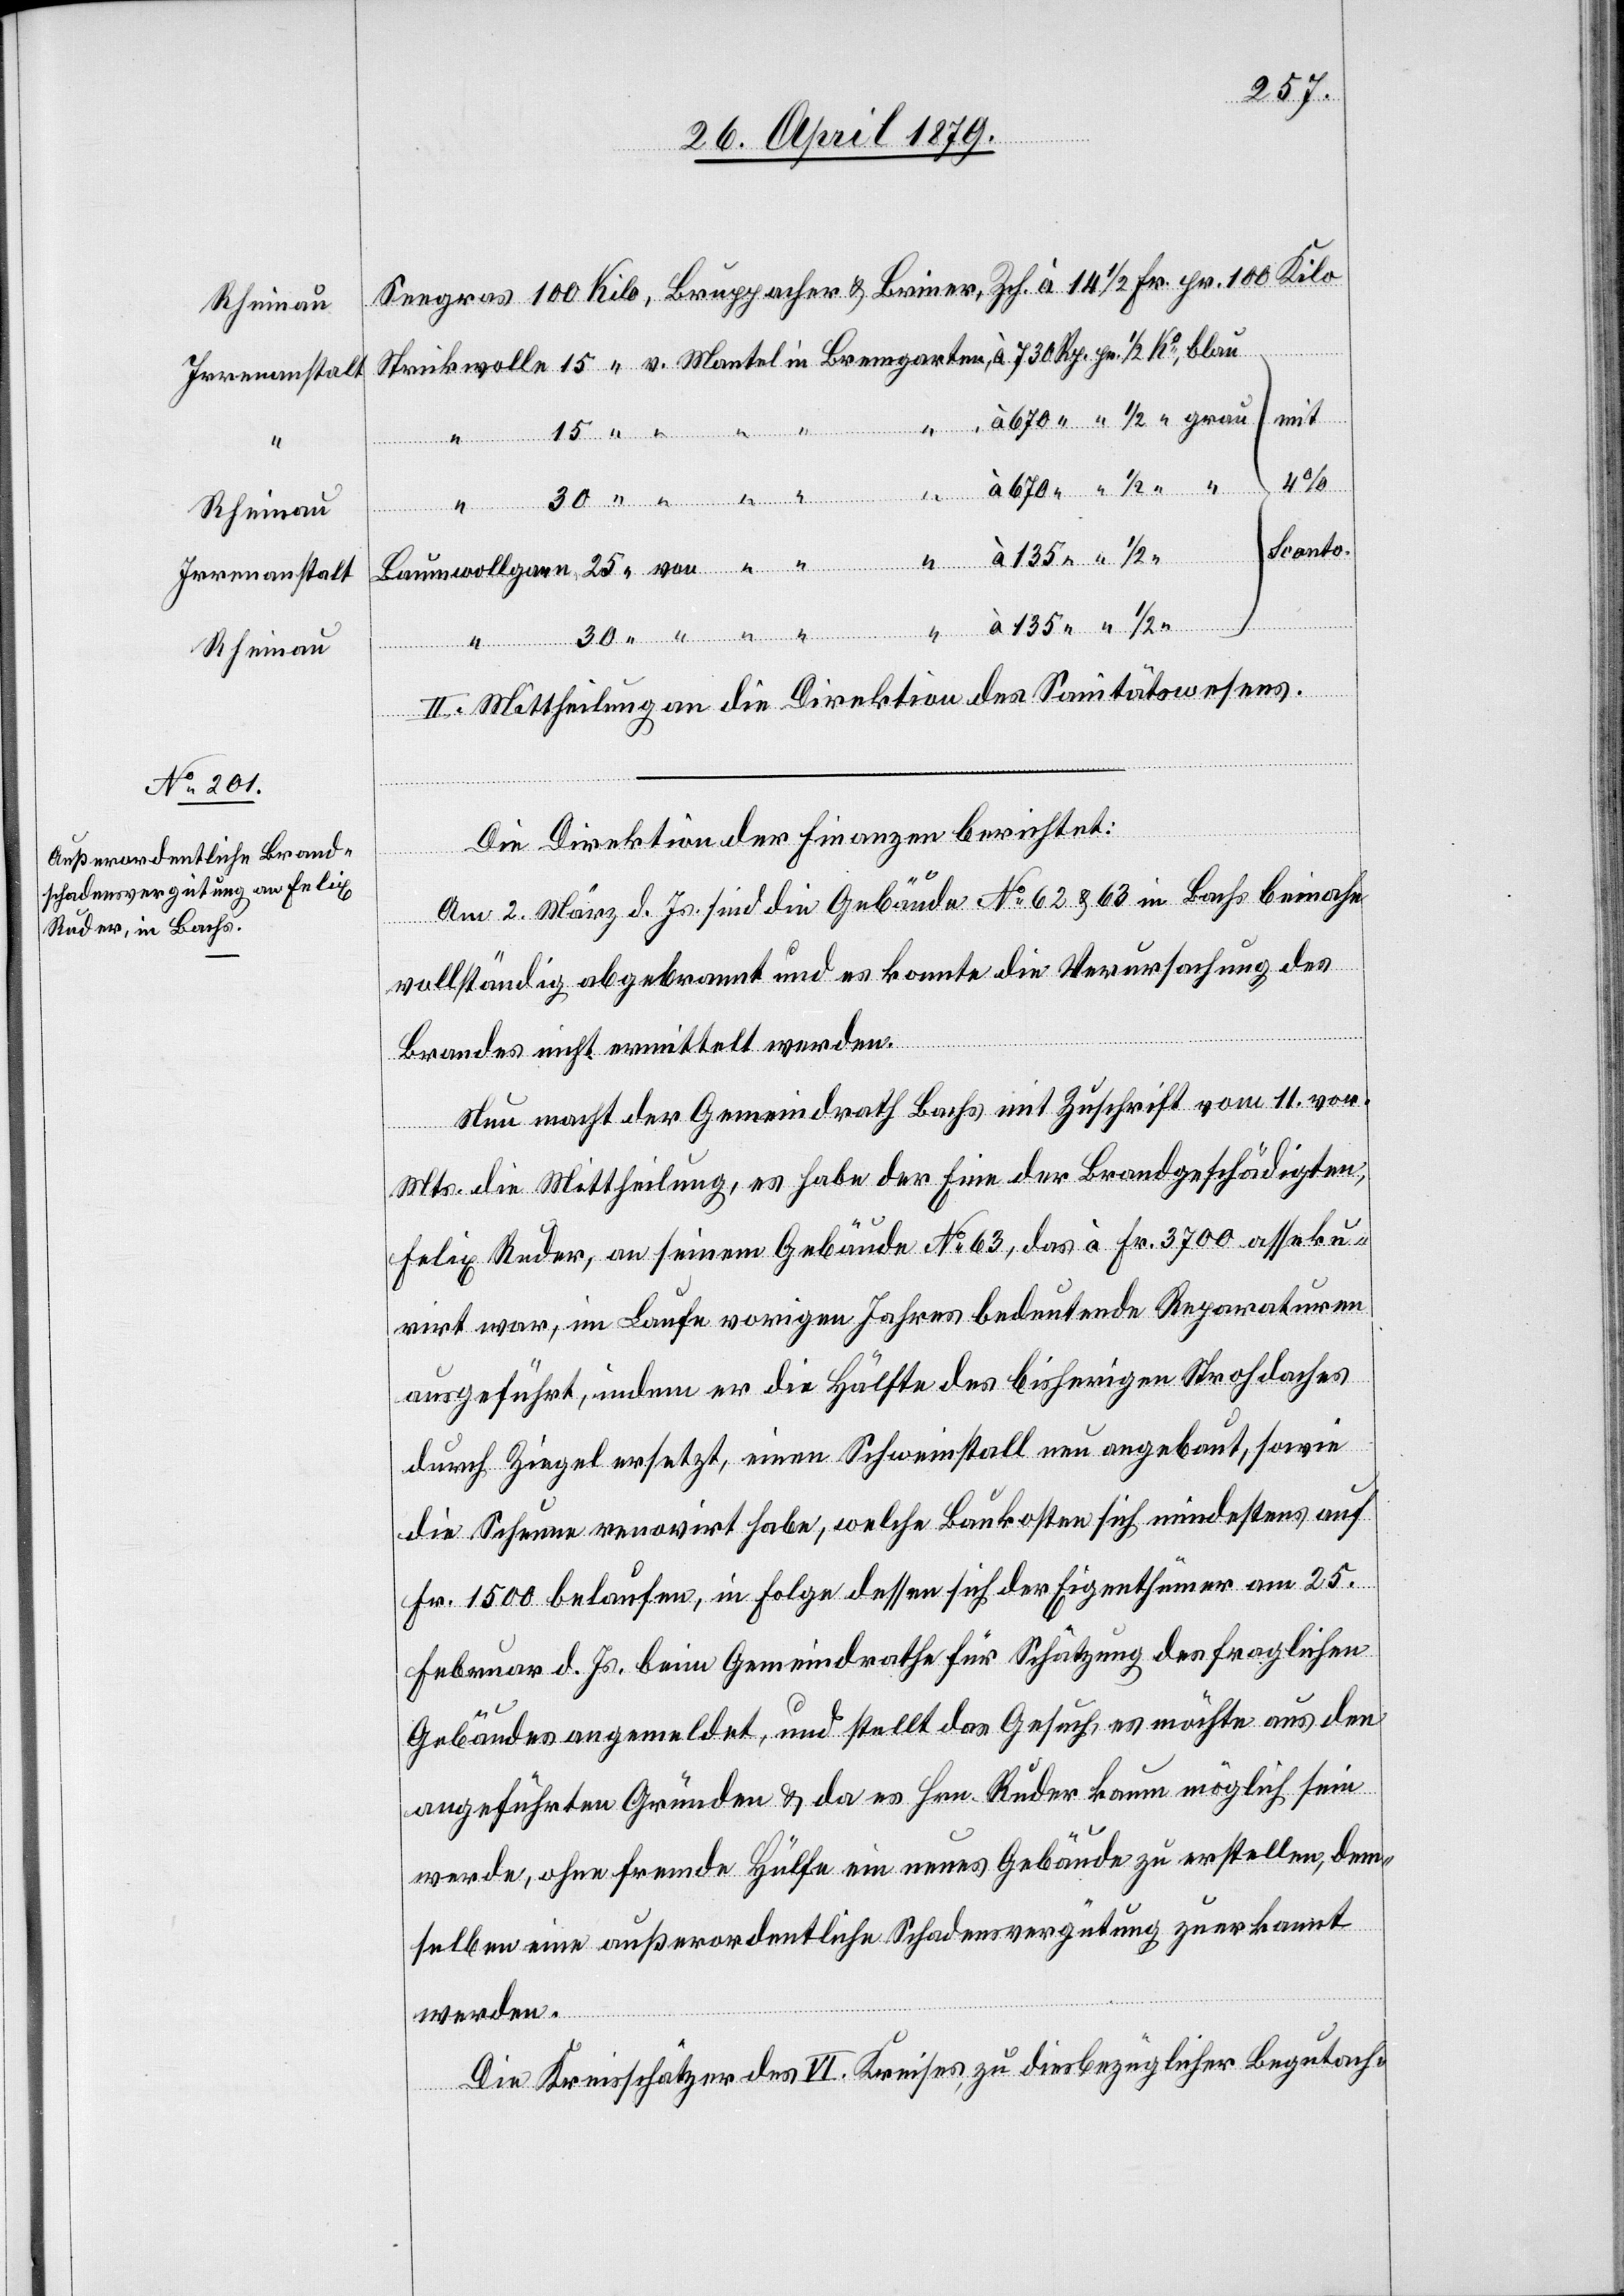
Rheinau
Irrenanstalt

Seegras 100 Kilo, Bruppacher & Briner, Zch. à 14 1/2 Fr. pr. 100 Kilo
Strickwolle 15 “ v. Mantel in Bremgarten, à 730 Rp. pr. 1/2 Ko, blau
mit
à 670 “ “ 1/2 “ grau
135
Sconto.
Baumwollgarn 25 “ von “ “ “ à 135 “ “
“
II. Mittheilung an die Direktion des Sanitätswesens.
Die Direktion der Finanzen berichtet:
Am 2. März d. Js. sind die Gebäude No 62 & 63 in Bachs beinahe
vollständig abgebrannt und es konnte die Verursachung des
Brandes nicht ermittelt werden.
Nun macht der Gemeindrath Bachs mit Zuschrift vom 11. vor.
Mts. die Mittheilung, es habe der Eine der Brandgeschädigten,
Felix Ruder, an seinem Gebäude No 63, das à Fr. 3700 asseku¬
rirt war, im Laufe vorigen Jahres bedeutende Reparaturen
ausgeführt, indem er die Hälfte des bisherigen Strohdaches
durch Ziegel ersetzt, einen Schweinstall neu angebaut, sowie
die Scheune renovirt habe, welche Baukosten sich mindestens auf
Fr. 1500 belaufen, in Folge dessen sich der Eigenthümer am 25.
Februar d. Js. beim Gemeindrathe für Schätzung des fraglichen
Gebäudes angemeldet, und stellt das Gesuch, es möchte aus den
angeführten Gründen & da es Hrn. Ruder kaum möglich sein
werde, ohne fremde Hülfe ein neues Gebäude zu erstellen, dem¬
selben eine außerordentliche Schadensvergütung zuerkannt
30
werden.
Die Kreisschätzer des VI. Kreises, zu diesbezüglicher Begutach-